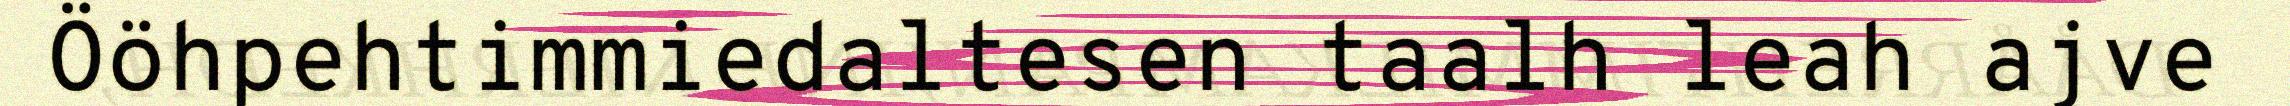
Ööhpehtimmiedaltesen taalh leah ajve